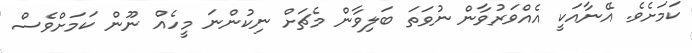
ކަމަށެވެ. އޭނާއަކީ އެއްވަރުވާން ނުވަތަ ބަލިވާން މެޗަށް ނިކުންނަ މީހެއް ނޫން ކަމަށްވެސް